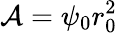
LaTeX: \mathcal{A}=\psi_{0}r_{0}^{2}